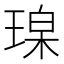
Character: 𪻼